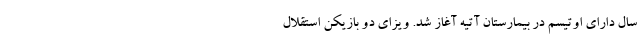
سال دارای اوتیسم در بیمارستان آتیه آغاز شد. ویزای دو بازیکن استقلال